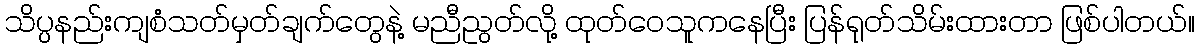
သိပ္ပနည်းကျစံသတ်မှတ်ချက်တွေနဲ့ မညီညွတ်လို့ ထုတ်ဝေသူကနေပြီး ပြန်ရုတ်သိမ်းထားတာ ဖြစ်ပါတယ်။